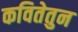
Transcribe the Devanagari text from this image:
कवितेतुन